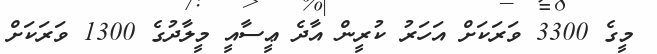
މީގެ 3300 ވަރަކަށް އަހަރު ކުރީން އާދެ ޢީސާއީ މީލާދުގެ 1300 ވަރަކަށް